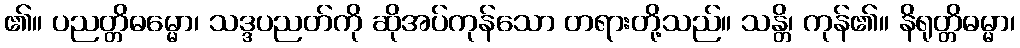
၏။ ပညတ္တိဓမ္မော၊ သဒ္ဒပညတ်ကို ဆိုအပ်ကုန်သော တရားတို့သည်။ သန္တိ၊ ကုန်၏။ နိရုတ္တိဓမ္မာ၊